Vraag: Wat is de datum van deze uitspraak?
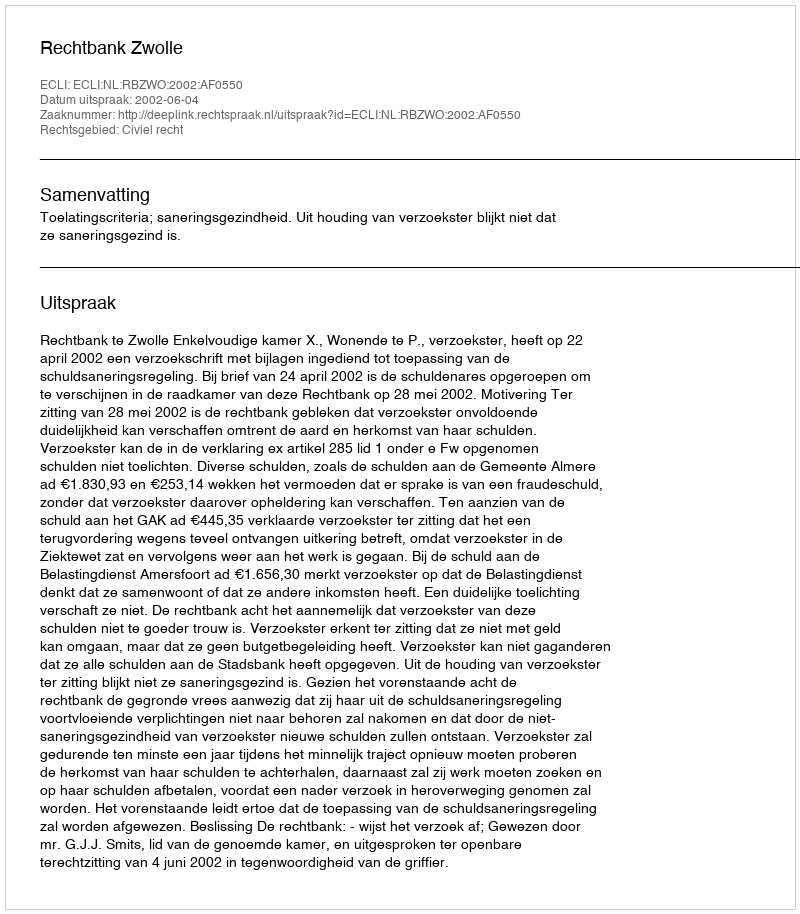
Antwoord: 2002-06-04